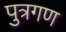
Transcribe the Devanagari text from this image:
पुत्रगण